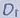
Text: D1